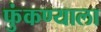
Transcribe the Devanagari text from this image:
फुंकण्याला